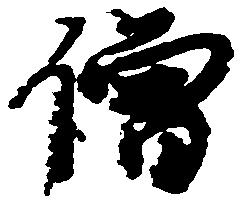
僧